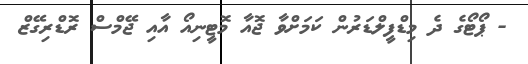
- ޕޯޓޯގެ ދެ މިޑްފީލްޑަރުން ކަމަށްވާ ޖޮއާ މޮޓީނިއޯ އާއި ޖޭމްސް ރޮޑްރިގޭޒް